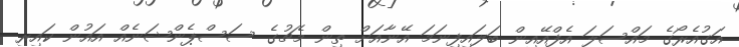
އަގުއެރޯގެ މައްސަލަ އެފްއޭއިން ބަލައިފިނަމަ އޭނާއަށް ތިން މެޗުގެ ސަސްޕެންޝަނެއް އައުން ކައިރި